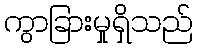
ကွာခြားမှုရှိသည်